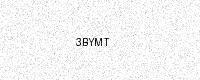
Text: 3BYMT